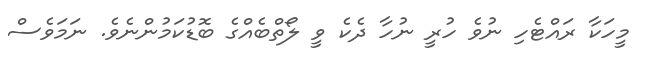
މީހަކާ ރައްޓެހި ނުވެ ހުރީ ނުހާ ދެކެ ވީ ލޯތްބެއްގެ ބޮޑުކަމުންނެވެ. ނަމަވެސް